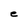
Character: e